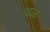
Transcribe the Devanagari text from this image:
वळ